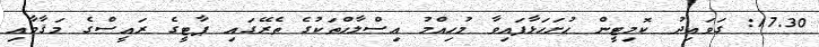
17.30: ގަވައިދު ކޮމިޓީން ހުށަހަޅާފައިވާ މުހިއްމު އިސްލާހްތަކުގެ ތެރޭގައި ޕާޓީގެ ރައީސްގެ މަޤާމާއި